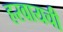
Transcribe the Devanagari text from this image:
हरवायची